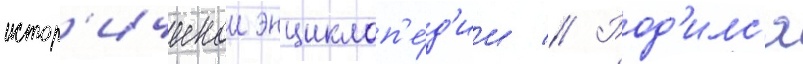
истор'ическои энциклоп'е́д'ии // Род'илс'я